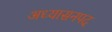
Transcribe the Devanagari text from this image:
अध्यासनपद